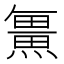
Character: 𭻯